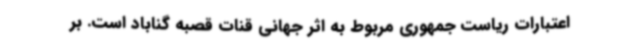
اعتبارات ریاست جمهوری مربوط به اثر جهانی قنات قصبه گناباد است. بر